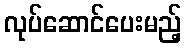
လုပ်ဆောင်ပေးမည့်